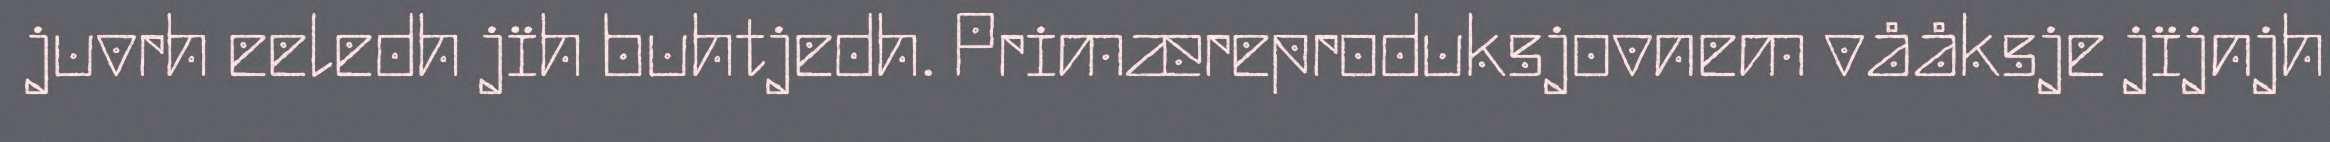
juvrh eeledh jïh buhtjedh. Primæreproduksjovnem vååksje jïjnjh